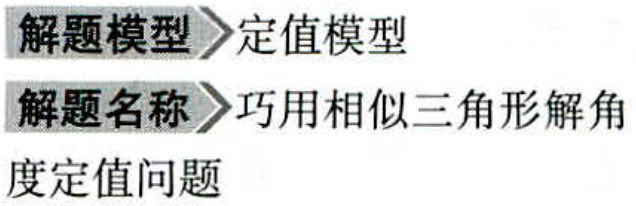
\begin{document}

解题模型 定值模型

解题名称 巧用相似三角形解角

度定值问题

\end{document}